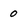
Character: 0